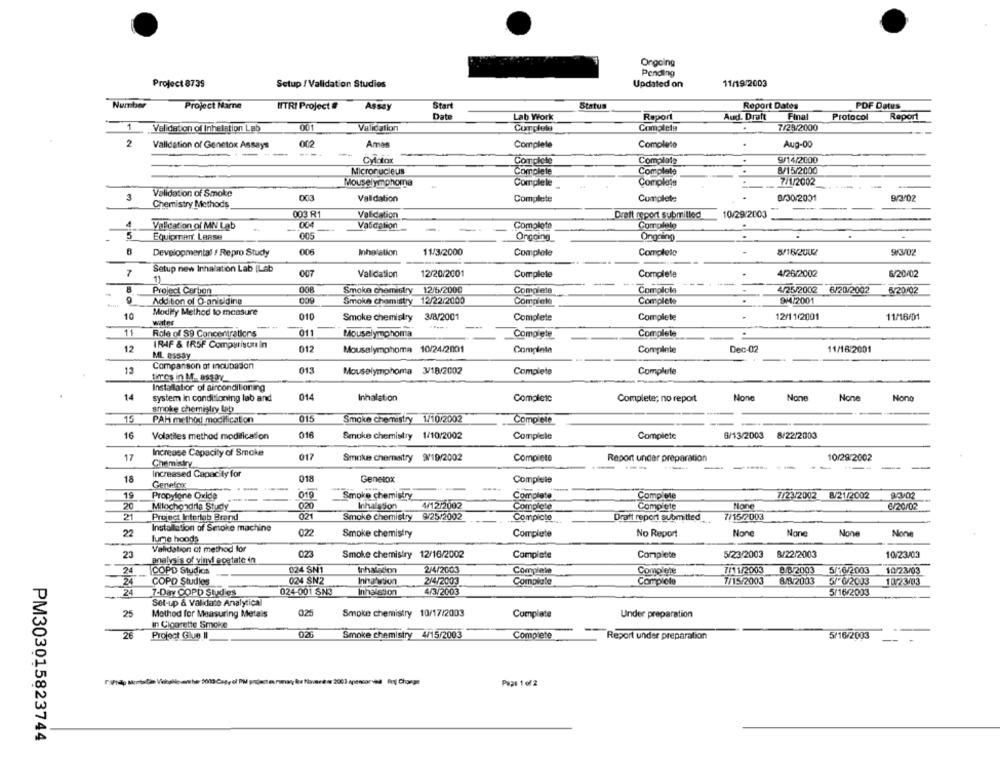
Ongoing
Pending
Project 8739
Setup / Validation Studies
Updated on
11/19/2003
Number
Project Name
NITRI Project #
Assay
Start
Status
Report Dates
PDF Dates
Date
Lab Work
Report
Aud. Draft Final
Protocol
Report
Validation of Inhelation Lab
001
Validation
Conplela
Completa
7/28/2000
2
Validation of Genetox Assays
002
Amas
Complete
Complete
Aug-00
-
Cylatox
Complete
Complale
9/14/2000
Micronucleus
Complete
Complete
8/15/2000
Mouselymphoma
Complete
Complate
7/1/2002
3
Validation of Smoke
003
Validation
Complete
Cumplete
0/30/2001
9/3 02
Chemistry Methods
003 R1
Validation
Draft report submitled
10/29/2003
Validation of MN Lab
004
Vatcation
-
Complete
Complete
5
Equipment Lease
005
Ongoing
Ongoing
006
Inhalation
11/3/2000
Complete
Complete
8/16/2002
9/3/02
Developmental / Repro Study
7
Setup new Inhalation Lab (Leb
007
Validation
12/20/2001
Complete
Complete
4/26/2002
6/20/02
1)
Smoke chemistry 12/5/2000
Complete
Complola
4/25/2002 6/20/2002
8/20/02
Project Carbon
9
Addition of O-anisiding
Smoke chemistry 12/22/2000
Complete
Complete
9MI2001
Modity Method to measure
10
010
Smoke chemistry 3/8/2001
Complete
Complete
12/11/2001
11/16/01
water
11
Role of $9 Concentrations
011
Mouselymphoma
Complete
Complete
12
IRAF & IRSF Comparison in
012
Mouselymphoma 10/24/2001
Complete
Complete
Dec-02
11/16/2001
ML BASSY
Companson of incubation
13
013
Mouselymphoma 3/18/2002
Complete
Complete
tires in M. OsaDY
Installatior of airconditioning
14
014
system in conditioning lab and
Inhalation
Complete
Complete; no report
Nono
smoke chemistry lab
115
PAH method modification
015
Smoke Chemistry 1/10/2002
Complete
018
6/13/2003 8/22/2003
16
Volatiles method modification
Smoke chemistry 1/10/2002
Complete
Complete
17
Increase Capacity of Smoke
011
9/19/2002
10/28/2002
Chemistry
Smoke chemistry
Complete
Report under preparation
--
18
Increased Capacity for
018
Genetox
Complete
Genelox
19
Propylone Oxide
019
Complete
7/23/2002 8/21/2002
Smoke chemistry
Complete
20
Mitochondria Study
020
Inhalation
4/12/2002
Complete
Complete
Mone
6/20/02
21
Project Intertab Brand
021
Smoke chemistry 9/25/2002
Compicto
Dratt report submitted
7/15/2003
22
Installation of Smoke machine
022
No Report
fume hoods
Smoke chemistry
Complete
Validation of method for
23
023
Smoke chemistry 12/16/2002
Complete
Complete
5/23/2003
8/22/2003
10/23/03
analysis of vinyl acetate in
24
COPD Studios
024 SN1
Inhalacon
2/4/2003
Complete
Complete
7/11/2003
8/8/2003
5/16/2003
10/23/03
COPD Studies
024 SN2
2/4/2003
Compiute
Complete
7/15/2003
8/3/2003
5/ 6/2003
10.73/03
24
7-Day COPD Studies
024-001 SN3
Inhalstion
4/3/2003
5/16/2003
Set-up & Validate Analytical
25
Method for Measuring Metals
025
Smoke chemistry 10/17/2003
Complete
Under preparation
in Cigarette Smoke
26
Project Glue Il
026
Smoke chemistry 4/15/2003
Complete
Report under preparation
5/16/2003
Page 1 of 2
PM303015823744